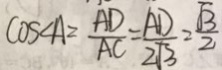
\cos \angle A = \frac { A D } { A C } = \frac { A D } { 2 \sqrt { 3 } } = \frac { \sqrt { 3 } } { 2 }